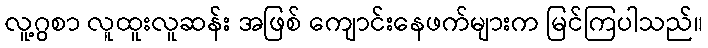
လူ့ဂွစာ လူထူးလူဆန်း အဖြစ် ကျောင်းနေဖက်များက မြင်ကြပါသည်။